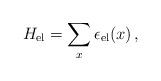
LaTeX: \begin{align*}H_{\rm el} = \sum\limits_{x} \epsilon_{\rm el}(x) \,, \end{align*}